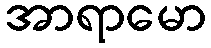
အာရာမော